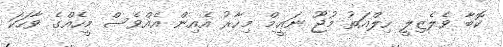
ކޮބާ ވެލެޒިލީ ހިލްއަތު މުޖޫ ނަޢީމް މިހާރު އެއިން އެއްވެސް މީހެއްގެ ވާހަކަ